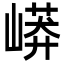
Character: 㟿